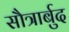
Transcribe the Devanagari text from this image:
सौत्रार्बुद